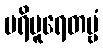
ပရိပူရေတဗ္ဗံ